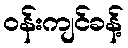
ဝန်းကျင်ခန့်